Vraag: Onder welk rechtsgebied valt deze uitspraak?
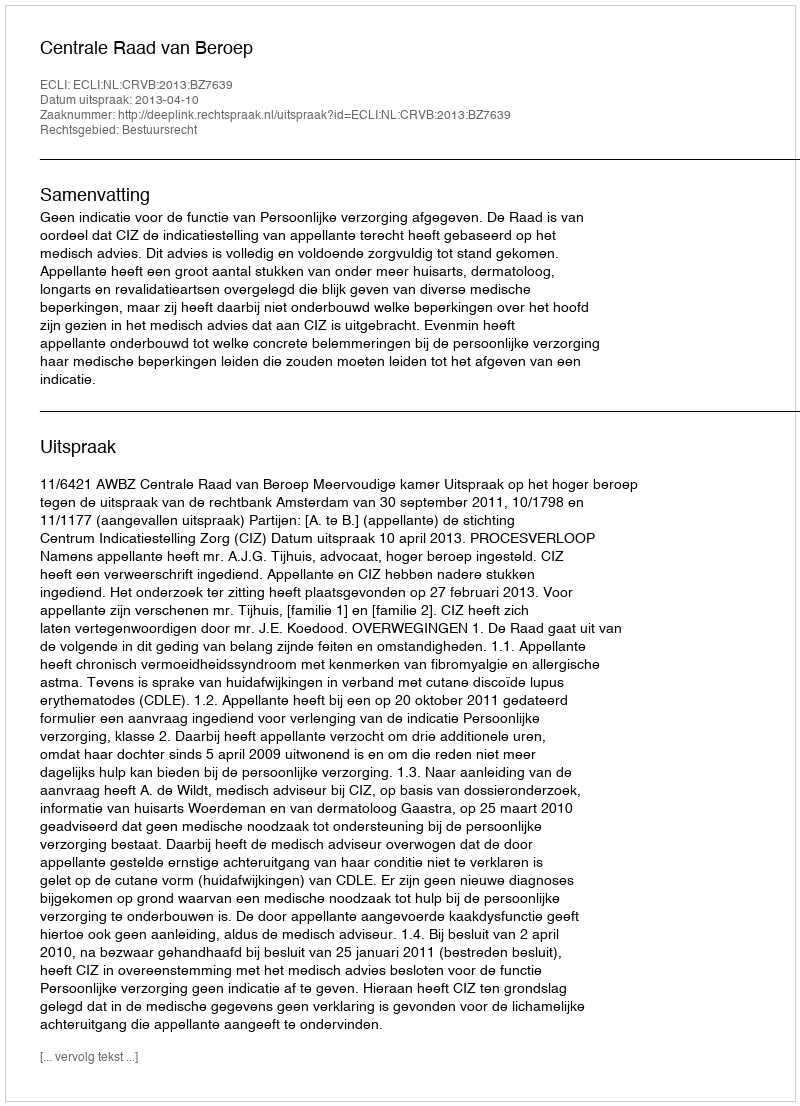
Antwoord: Bestuursrecht